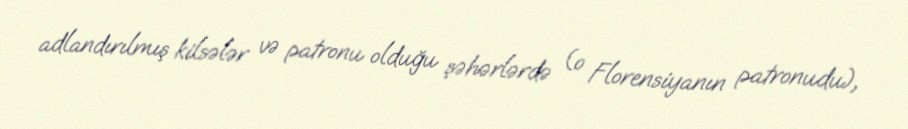
adlandırılmış kilsələr və patronu olduğu şəhərlərdə (o Florensiyanın patronudu),